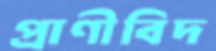
প্রাণীবিদ